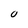
Character: u